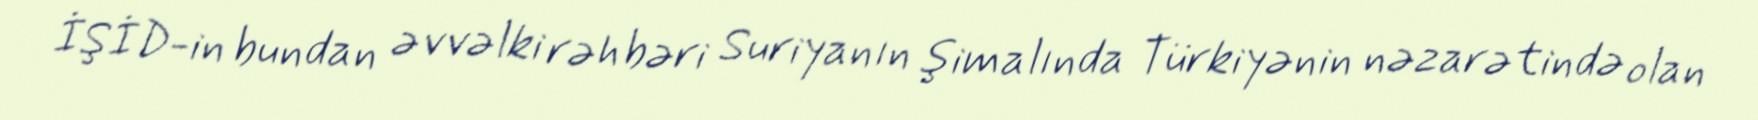
İŞİD-in bundan əvvəlki rəhbəri Suriyanın şimalında Türkiyənin nəzarətində olan